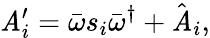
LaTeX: \mathit{A}_{i}^{\prime}=\bar{{\omega}}s_{i}\bar{{\omega}}^{\dagger}+\hat{{\mathit{A}}}_{i},